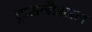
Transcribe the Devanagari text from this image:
ट्रांसनैशनल